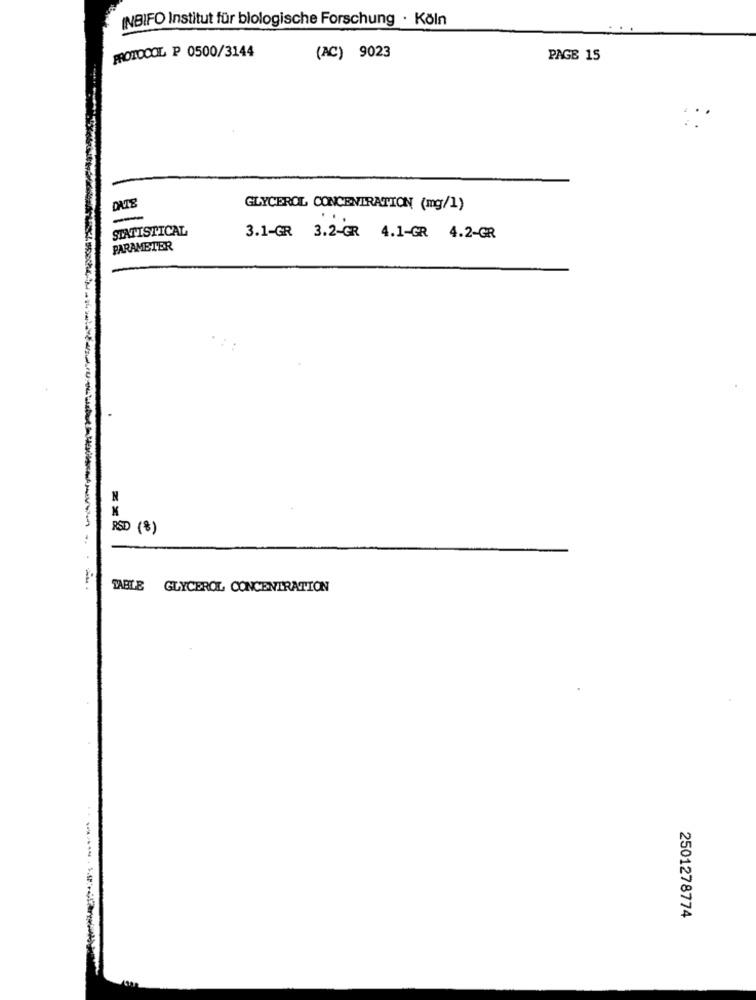
INBIFO Institut für biologische Forschung · Köln
PROTOCOL P 0500/3144
(AC) 9023
PAGE 15
GLYCEROL CONCENTRATION (mg/1)
-
...
STATISTICAL
3.1-GR 3.2-GR 4.1-GR 4.2-GR
PARAMETER
N
RSD (8)
TABLE GLYCEROL CONCENTRATION
2501278774